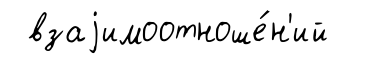
взаjимоотноше́н'ий